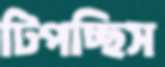
টিপচ্ছিস